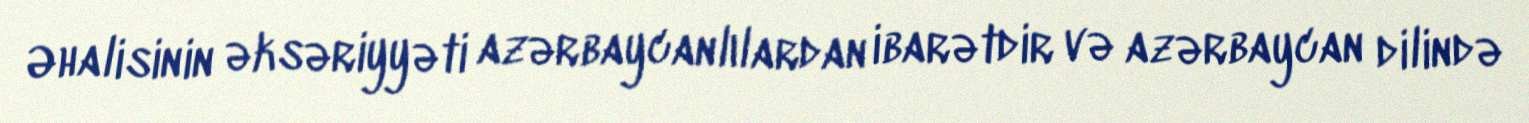
Əhalisinin əksəriyyəti azərbaycanlılardan ibarətdir və azərbaycan dilində